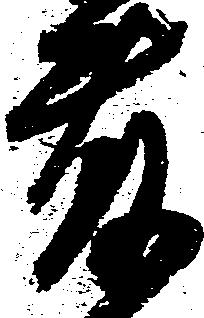
藤